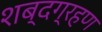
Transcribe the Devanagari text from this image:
शब्दग्रहण